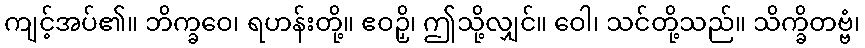
ကျင့်အပ်၏။ ဘိက္ခဝေ၊ ရဟန်းတို့။ ဧဝဉှိ၊ ဤသို့လျှင်။ ဝေါ၊ သင်တို့သည်။ သိက္ခိတဗ္ဗံ၊